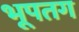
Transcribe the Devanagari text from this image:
भूपतग